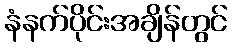
နံနက်ပိုင်းအချိန်တွင်